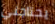
يحتاجني